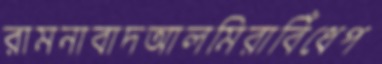
রামনাবাদআলমিরাবিঁধেপ